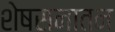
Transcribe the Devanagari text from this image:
शेषसनातन